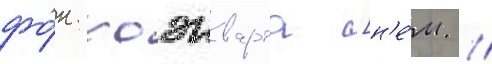
фо́н хоэнварта [н'е́м. //